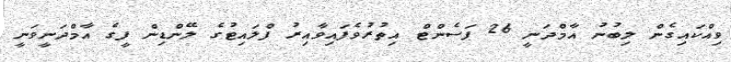
ވިއްކައިގެން ލިބުނު އާމްދަނީ 26 ޕަސެންޓް އިތުރުވެފައިވާއިރު ފްލައިޓުގެ ލޭންޑިން ފީގެ އާމްދަނީވަނީ